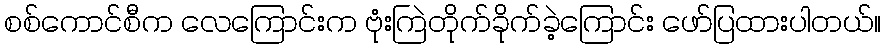
စစ်ကောင်စီက လေကြောင်းက ဗုံးကြဲတိုက်ခိုက်ခဲ့ကြောင်း ဖော်ပြထားပါတယ်။